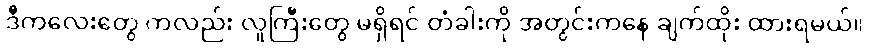
ဒီကလေးတွေ ကလည်း လူကြီးတွေ မရှိရင် တံခါးကို အတွင်းကနေ ချက်ထိုး ထားရမယ်။